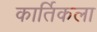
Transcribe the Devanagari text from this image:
कार्तिकला